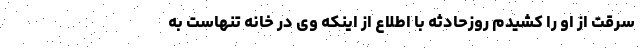
سرقت از او را کشیدم روزحادثه با اطلاع از اینکه وی در خانه تنهاست به